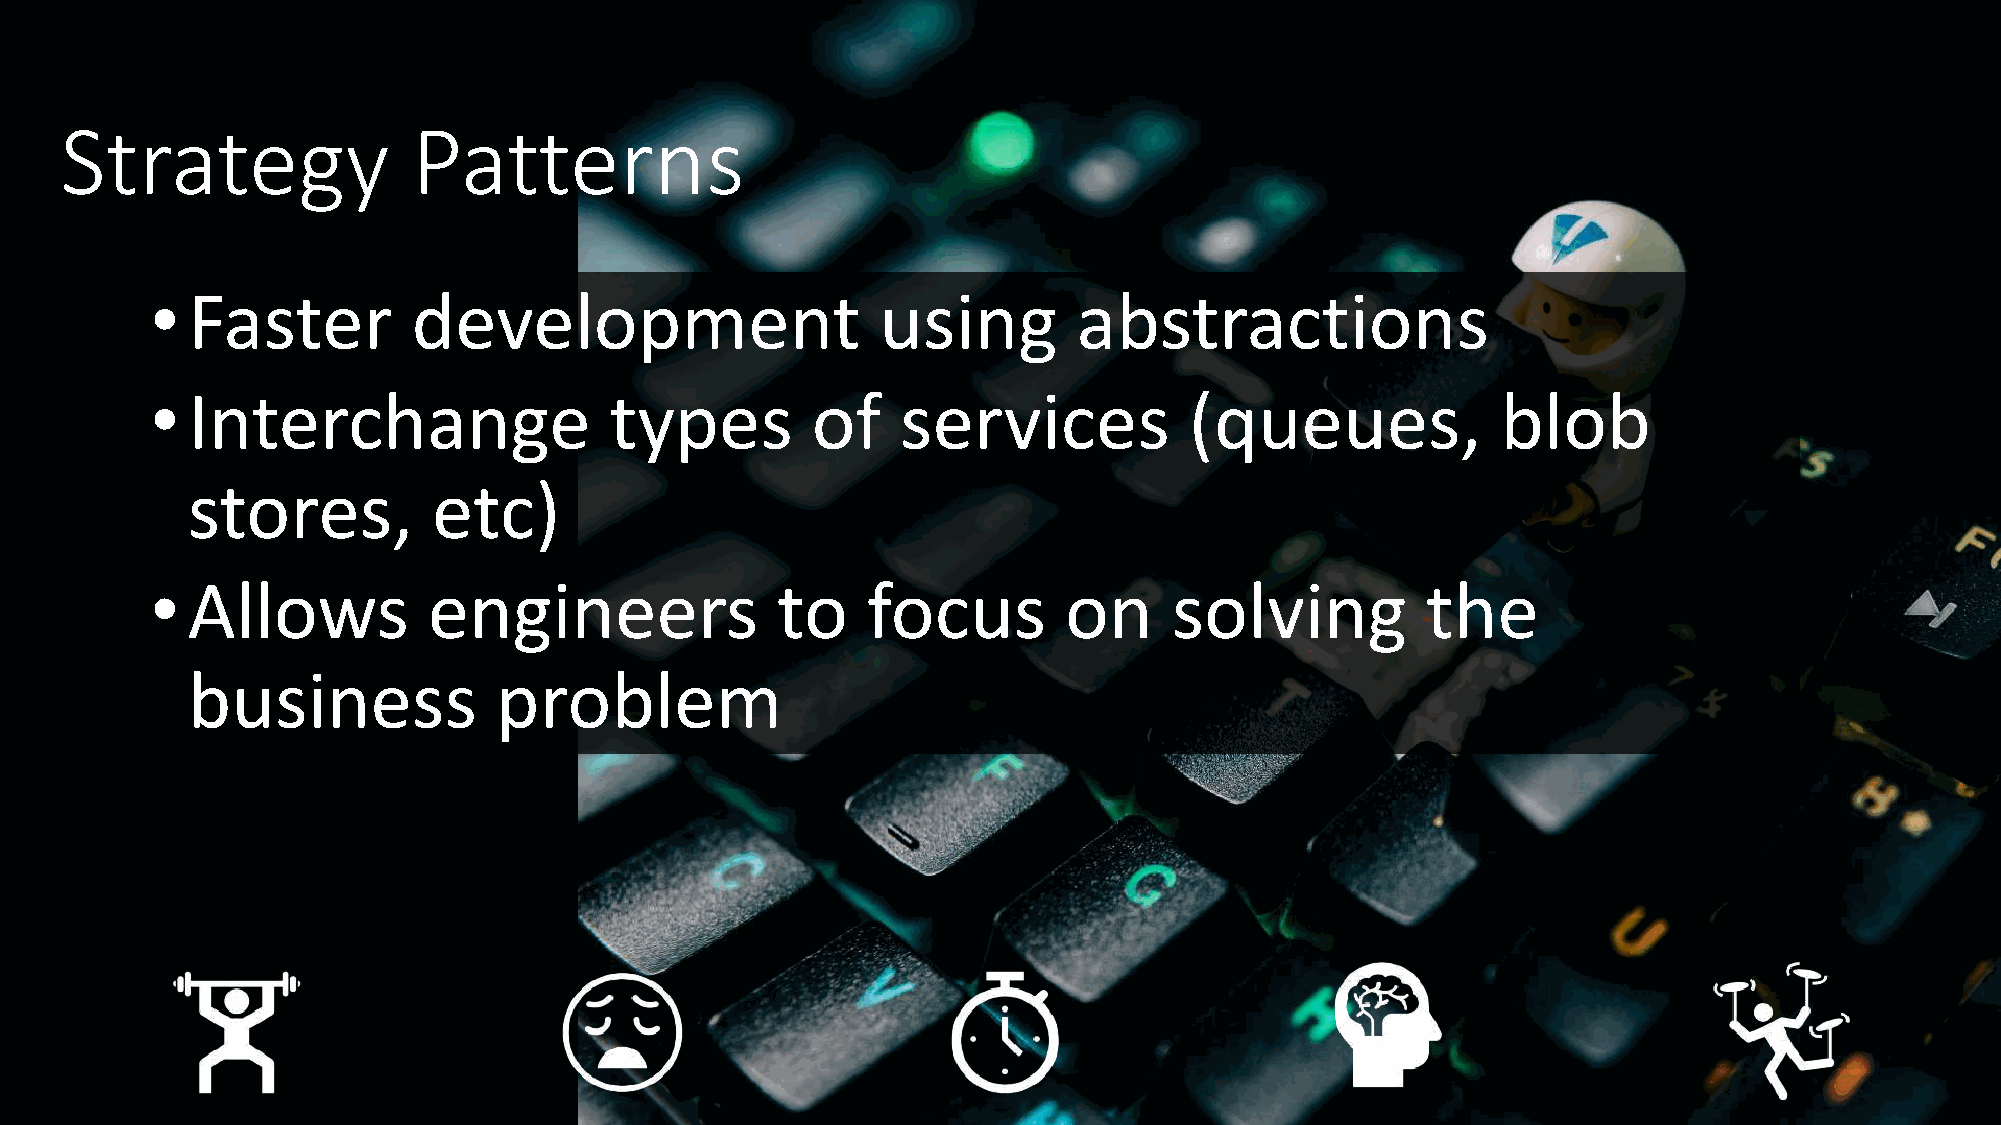
Strategy               Patterns
 • Faster         development                    using        abstractions
 • Interchange                 types         of    services           (queues,            blob
 stores,          etc)
 • Allows          engineers              to    focus        on      solving         the
 business             problem